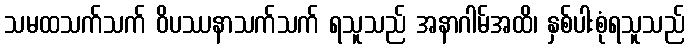
သမထသက်သက် ဝိပဿနာသက်သက် ရသူသည် အနာဂါမ်အထိ၊ နှစ်ပါးစုံရသူသည်